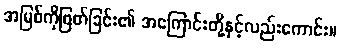
အမြစ်ကိုဖြတ်ခြင်း၏ အကြောင်းတို့နှင့်လည်းကောင်း။